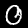
Label: 0